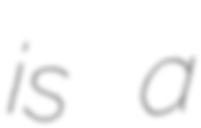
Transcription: is a